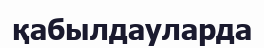
қабылдауларда